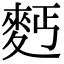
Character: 麫